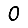
Digit: 0